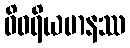
ဝိဝရိယမာနဿ